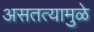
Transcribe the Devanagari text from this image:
असतत्यामुळे